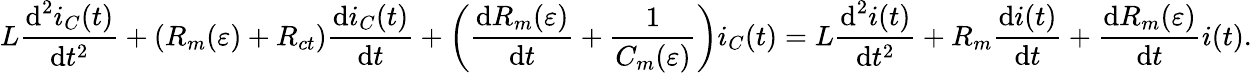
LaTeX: L\frac{\textrm{d}^{2}i_{C}(t)}{\textrm{d}t^{2}}+\left(R_{m}(\varepsilon)+R_{ct}\right)\frac{\textrm{d}i_{C}(t)}{\textrm{d}t}+\left(\frac{\textrm{d}R_{m}(\varepsilon)}{\textrm{d}t}+\frac{1}{C_{m}(\varepsilon)}\right)i_{C}(t)=L\frac{\textrm{d}^{2}i(t)}{\textrm{d}t^{2}}+R_{m}\frac{\textrm{d}i(t)}{\textrm{d}t}+\frac{\textrm{d}R_{m}(\varepsilon)}{\textrm{d}t}i(t).